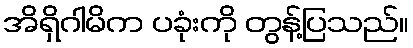
အိရှိဂါမိက ပခုံးကို တွန့်ပြသည်။